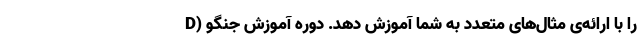
را با ارائه‌ی مثال‌های متعدد به شما آموزش دهد. دوره آموزش جنگو (D